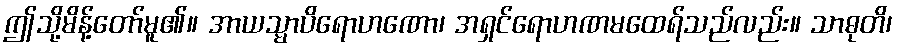
ဤသို့မိန့်တော်မူ၏။ အာယသ္မာပိရောဟဏော၊ အရှင်ရောဟဏမထေရ်သည်လည်း။ သာဓုတိ၊